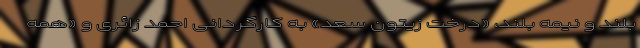
بلند و نیمه بلند، «درخت زیتون سعد» به کارگردانی احمد زائری و «همه